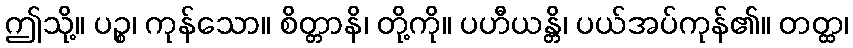
ဤသို့။ ပဉ္စ၊ ကုန်သော။ စိတ္တာနိ၊ တို့ကို။ ပဟီယန္တိ၊ ပယ်အပ်ကုန်၏။ တတ္ထ၊